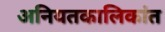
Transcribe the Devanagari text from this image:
अनियतकालिकांत